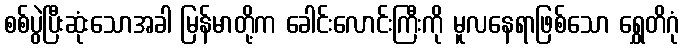
စစ်ပွဲပြီးဆုံးသောအခါ မြန်မာတို့က ခေါင်းလောင်းကြီးကို မူလနေရာဖြစ်သော ရွှေတိဂုံ